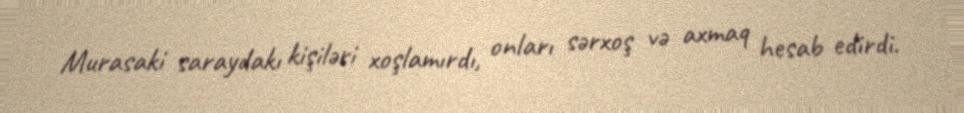
Murasaki saraydakı kişiləri xoşlamırdı, onları sərxoş və axmaq hesab edirdi.